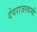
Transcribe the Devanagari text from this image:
देवराजस्वामी